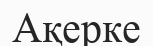
Ақерке